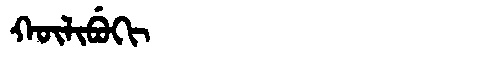
Manchu: ᡴᡡᠯᡳᠪᡠᡴᡳ
Romanization: KŪLIBUKI